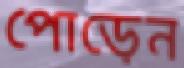
পোড়েন